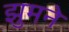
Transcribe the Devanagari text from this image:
झुमने